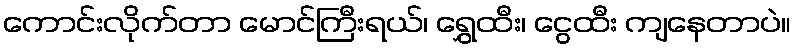
ကောင်းလိုက်တာ မောင်ကြီးရယ်၊ ရွှေထီး၊ ငွေထီး ကျနေတာပဲ။